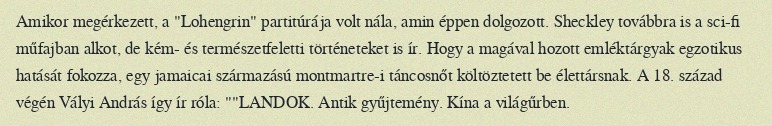
Amikor megérkezett, a "Lohengrin" partitúrája volt nála, amin éppen dolgozott. Sheckley továbbra is a sci-fi műfajban alkot, de kém- és természetfeletti történeteket is ír. Hogy a magával hozott emléktárgyak egzotikus hatását fokozza, egy jamaicai származású montmartre-i táncosnőt költöztetett be élettársnak. A 18. század végén Vályi András így ír róla: ""LANDOK. Antik gyűjtemény. Kína a világűrben.